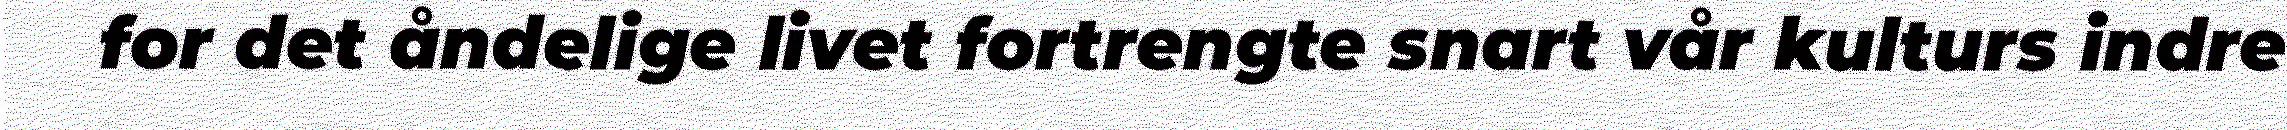
for det åndelige livet fortrengte snart vår kulturs indre